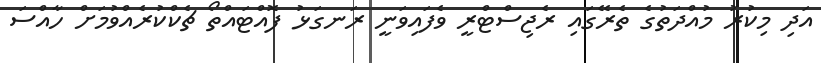
އަދި މިކުރު މުއްދަތުގެ ތެރޭގައި ރެޖިސްޓްރީ ވެފައިވަނީ ރަނގަޅު ފޮއްޓައްތޯ ޗެކްކުރެއްވުމަށް ހާއްސަ